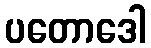
ပတောဒေါ